Indian journal of veterinary science and animal husbandry - Volumes 26-27, 1956-1957
Year: 1956
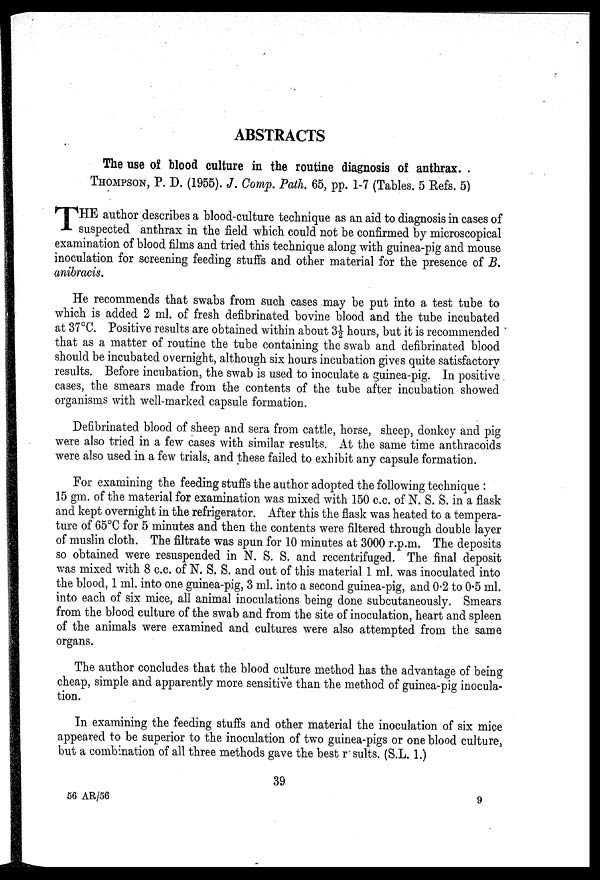
ABSTRACTS
The use of blood culture in the routine diagnosis of anthrax.
THOMPSON, P. D. (1955). J. Comp. Path. 65, pp. 1-7 (Tables. 5 Refs. 5)
T HE author describes a blood-culture technique as an aid to diagnosis in cases of
suspected anthrax in the field which could not be confirmed by microscopical
examination of blood films and tried this technique along with guinea-pig and mouse
inoculation for screening feeding stuffs and other material for the presence of B.
anibracis.
He recommends that swabs from such cases may be put into a test tube to
which is added 2 ml. of fresh defibrinated bovine blood and the tube incubated
at 37°C. Positive results are obtained within about 3½ hours, but it is recommended
that as a matter of routine the tube containing the swab and defibrinated blood
should be incubated overnight, although six hours incubation gives quite satisfactory
results. Before incubation, the swab is used to inoculate a guinea-pig. In positive
cases, the smears made from the contents of the tube after incubation showed
organisms with well-marked capsule formation.
Defibrinated blood of sheep and sera from cattle, horse, sheep, donkey and pig
were also tried in a few cases with similar results. At the same time anthracoids
were also used in a few trials, and these failed to exhibit any capsule formation.
For examining the feeding stuffs the author adopted the following technique :
15 gm. of the material for examination was mixed with 150 c.c. of N. S. S. in a flask
and kept overnight in the refrigerator. After this the flask was heated to a tempera-
ture of 65°C for 5 minutes and then the contents were filtered through double layer
of muslin cloth. The filtrate was spun for 10 minutes at 3000 r.p.m. The deposits
so obtained were resuspended in N. S. S. and recentrifuged. The final deposit
was mixed with 8 c.c. of N. S. S. and out of this material 1 ml. was inoculated into
the blood, 1 ml. into one guinea-pig, 3 ml. into a second guinea-pig, and 0.2 to 0.5 ml.
into each of six mice, all animal inoculations being done subcutaneously. Smears
from the blood culture of the swab and from the site of inoculation, heart and spleen
of the animals were examined and cultures were also attempted from the same
organs.
The author concludes that the blood culture method has the advantage of being
cheap, simple and apparently more sensitive than the method of guinea-pig inocula-
tion.
In examining the feeding stuffs and other material the inoculation of six mice
appeared to be superior to the inoculation of two guinea-pigs or one blood culture,
but a combination of all three methods gave the best results. (S.L. 1.)
39
56 AR/56
9